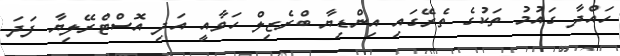
ހައްދާ ގައުމު ތަކުގެ ތެރޭގައި އިންޑިޔާ ބްރެޒިލް ހަވާއީ އަދި އޮސްޓްރޭލިޔާ ފަދަ